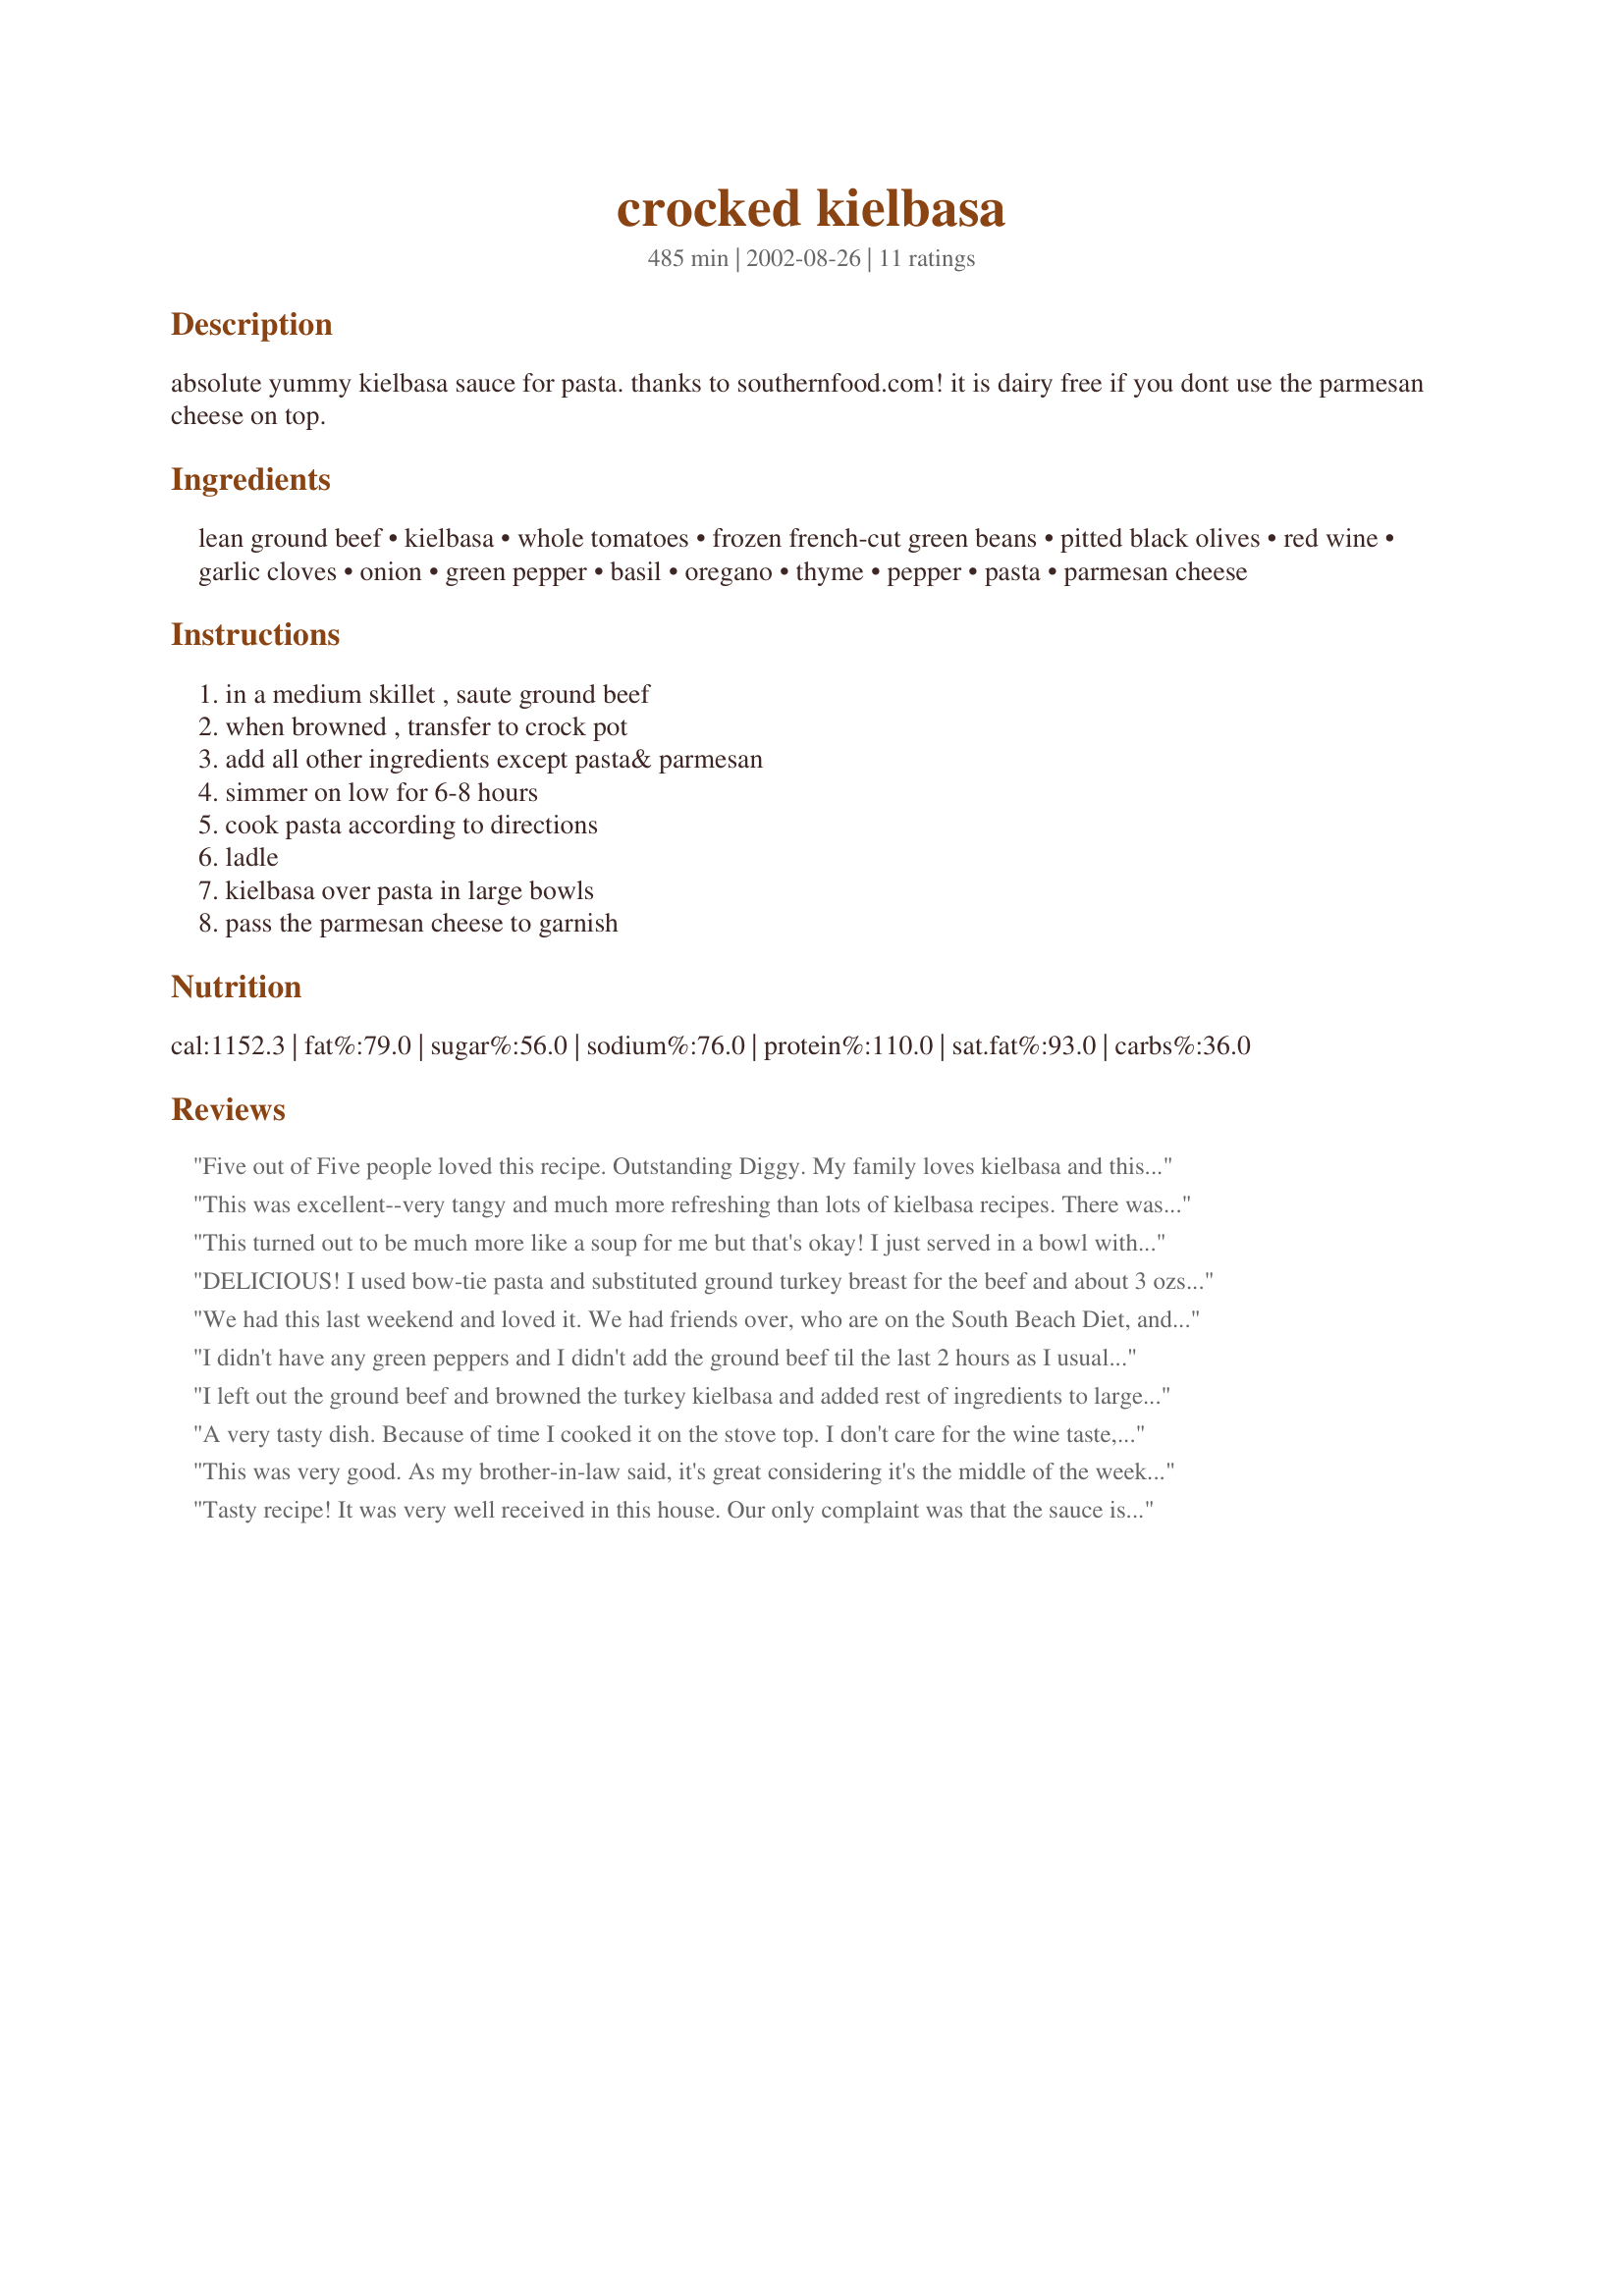
crocked kielbasa
Preparation time: 485 minutes

absolute yummy kielbasa sauce for pasta. thanks to southernfood.com! it is dairy free if you dont use the parmesan cheese on top.

Ingredients:
lean ground beef, kielbasa, whole tomatoes, frozen french-cut green beans, pitted black olives, red wine, garlic cloves, onion, green pepper, basil, oregano, thyme, pepper, pasta, parmesan cheese

Steps:
in a medium skillet , saute ground beef, when browned , transfer to crock pot, add all other ingredients except pasta& parmesan, simmer on low for 6-8 hours, cook pasta according to directions, ladle, kielbasa over pasta in large bowls, pass the parmesan cheese to garnish

Reviews:
Five out of Five people loved this recipe. Outstanding Diggy. My family loves kielbasa and this was a fabulous way of serving it up. I didn't use whole tomatoes but a can of diced tomatoes. I was able to double the recipe for my 6 quart slow cooker. I served it with choo choo pasta and five cheese Texas toast. This is a keeper.
This was excellent--very tangy and much more refreshing than lots of kielbasa recipes. There was absolutely no grease, which was nice!

The sauce was, like several people have already said, a little watery, but I wonder if that was because I didn't have any ground beef... Probably. 

To thicken the sauce, I cooked everything with the lid off for about fifteen minutes, and added four tablespoons of Trader Joe's Sundried Tomato Splash seasoning (which is incidentally the single best spice mix of all time!).
This turned out to be much more like a soup for me but that's okay! I just served in a bowl without the pasta with a side of garlic toast and we were all very happy. I did not use the ground beef because I wanted a keilbasa only meal and next time I may do without the olives as I don't think they really did anything for the flavor and added a bit of extra liquid. Thanks for the recipe!
DELICIOUS! I used bow-tie pasta and substituted ground turkey breast for the beef and about 3 ozs. chopped ripe olives for the whole. Other than that I followed the recipe precisely and what a delightful meal. I served in June, but will make again in the winter as she suggests - it's a cross between a soup and stew....a Stoup as Rachel Ray says! I can see thickening the sauce and serving over rice or mashed potatoes, too. Great recipe, Audrey! Many thanks
We had this last weekend and loved it. We had friends over, who are on the South Beach Diet, and they brought their own food, even though, I urged them to try this. 
After they got here, they wished they had left their food at home. Everything, except the pasta, would fall within their food rules. 
Thank you, Thank you!
I didn't have any green peppers and I didn't add the ground beef til the last 2 hours as I usually don't like ground beef that has been in the crockpot that long. I used regular cut instead of french cut green beans. The whole thing took 5 hours on low in my cp which always seems to cook faster than what is called for. Entire family enjoyed, thanks.
I left out the ground beef and browned the turkey kielbasa and added rest of ingredients to large skillet on top of stove. Drained olives and green beans. Family loved this and want it again. Thanks Diggy. Thellie
A very tasty dish. Because of time I cooked it on the stove top. I don't care for the wine taste, so I replaced it with 1 cup ketchup, 1/2 cup brown sugar and water a Tbsp at a time (to keep from getting too thick)-mix and added last. I served with rice instead of pasta. This recipe is a definite keeper. Thanks for sharing Diggy.
This was very good. As my brother-in-law said, it's great considering it's the middle of the week, meaning it wasn't a fancy gourmet dish but it tasted good and was easy to make. 
I would change the black olives to green or use capers near the end to give it a bit more zing. Black olives out of the can are just a little to bland for my taste.
Tasty recipe! It was very well received in this house. Our only complaint was that the sauce is very thin - doesn't cling to the noodles so I might try making it again next time "as is" with all the same seasonings except using a marinara sauce in place of the diced tomatoes. The mix of green peppers, green beans and olives are great.
This was just wonderful! Very flavorful. The herbs are an excellent blend. I cut the kielbasa in 3 inch pieces and served this over penne. We will have this one often! Thanks, Diggy!
